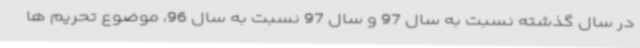
در سال گذشته نسبت به سال 97 و سال 97 نسبت به سال 96، موضوع تحریم ها